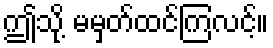
ဤသို့ မမှတ်ထင်ကြလင့်။